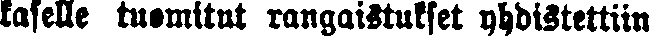
kaselle tuomitut rangaistukset yhdistettiin